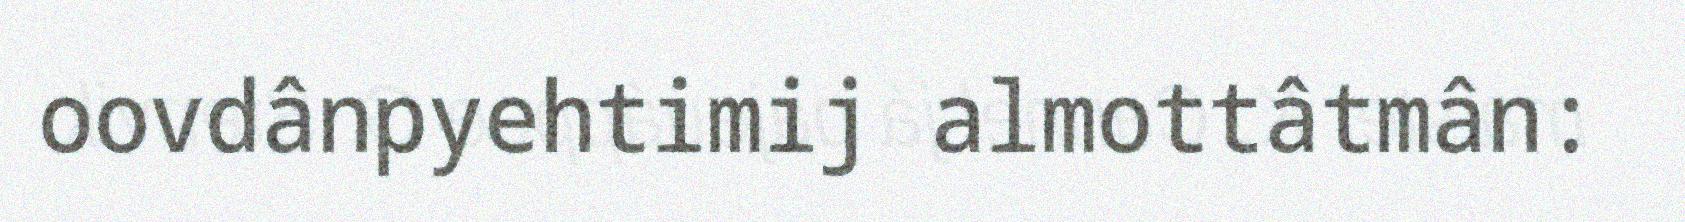
oovdânpyehtimij almottâtmân: